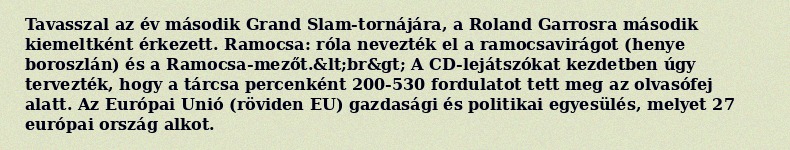
Tavasszal az év második Grand Slam-tornájára, a Roland Garrosra második kiemeltként érkezett. Ramocsa: róla nevezték el a ramocsavirágot (henye boroszlán) és a Ramocsa-mezőt.&lt;br&gt; A CD-lejátszókat kezdetben úgy tervezték, hogy a tárcsa percenként 200-530 fordulatot tett meg az olvasófej alatt. Az Európai Unió (röviden EU) gazdasági és politikai egyesülés, melyet 27 európai ország alkot.